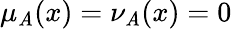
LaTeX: \mu_{\mathit{A}}(x)=\nu_{\mathit{A}}(x)=0